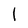
Character: l